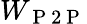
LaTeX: W_{\mathrm{~P~2~P~}}